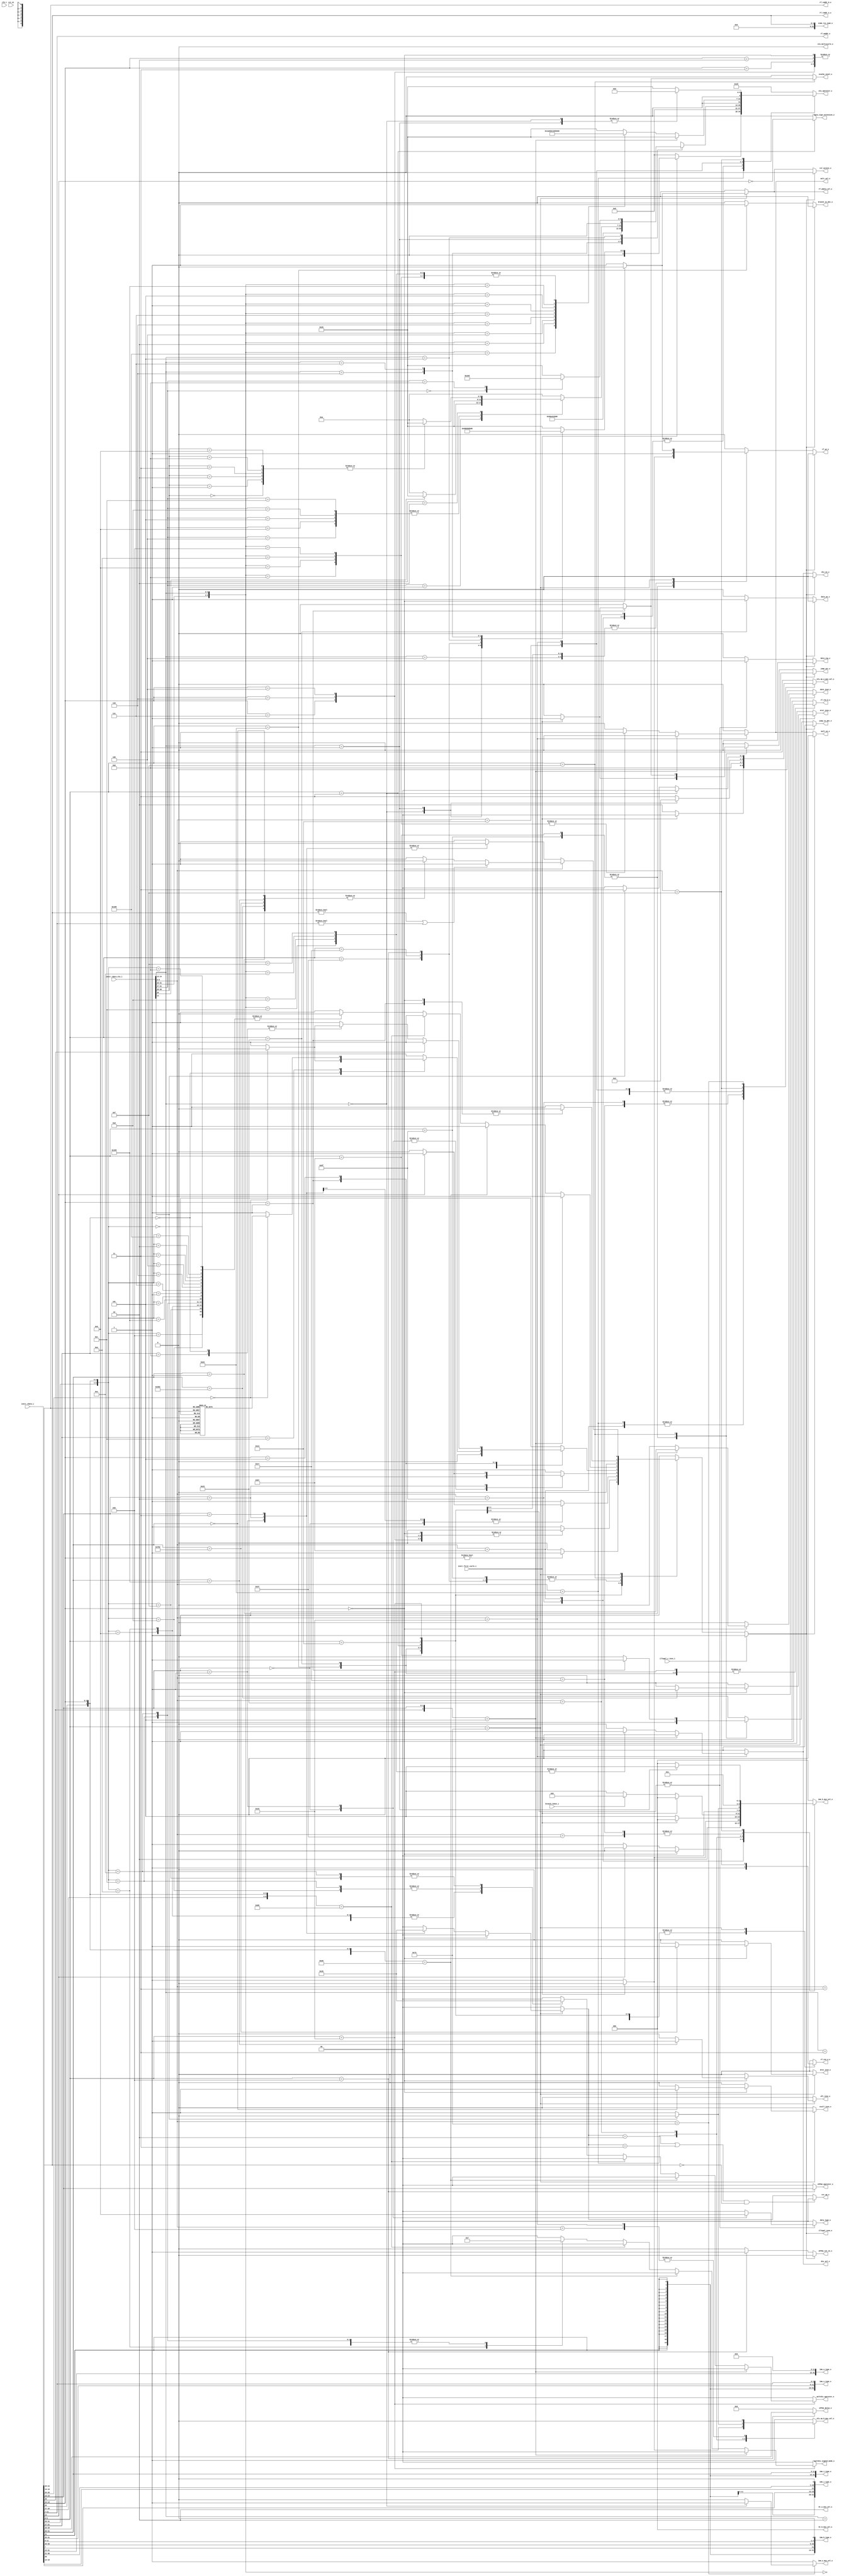
module ibex_decoder (
	clk_i,
	rst_ni,
	illegal_insn_o,
	ebrk_insn_o,
	mret_insn_o,
	dret_insn_o,
	ecall_insn_o,
	wfi_insn_o,
	jump_set_o,
	branch_taken_i,
	icache_inval_o,
	instr_first_cycle_i,
	instr_rdata_i,
	instr_rdata_alu_i,
	illegal_c_insn_i,
	imm_a_mux_sel_o,
	imm_b_mux_sel_o,
	bt_a_mux_sel_o,
	bt_b_mux_sel_o,
	imm_i_type_o,
	imm_s_type_o,
	imm_b_type_o,
	imm_u_type_o,
	imm_j_type_o,
	zimm_rs1_type_o,
	rf_wdata_sel_o,
	rf_we_o,
	rf_raddr_a_o,
	rf_raddr_b_o,
	rf_waddr_o,
	rf_ren_a_o,
	rf_ren_b_o,
	alu_operator_o,
	alu_op_a_mux_sel_o,
	alu_op_b_mux_sel_o,
	alu_multicycle_o,
	eFPGA_operator_o,
	eFPGA_int_en_o,
	eFPGA_delay_o,
	mult_en_o,
	div_en_o,
	mult_sel_o,
	div_sel_o,
	multdiv_operator_o,
	multdiv_signed_mode_o,
	csr_access_o,
	csr_op_o,
	data_req_o,
	data_we_o,
	data_type_o,
	data_sign_extension_o,
	jump_in_dec_o,
	branch_in_dec_o
);
	parameter [0:0] RV32E = 0;
	parameter integer RV32M = 32'sd2;
	parameter integer RV32B = 32'sd0;
	parameter integer RV32Zk = 32'sd0;
	parameter [0:0] BranchTargetALU = 0;
	input wire clk_i;
	input wire rst_ni;
	output wire illegal_insn_o;
	output reg ebrk_insn_o;
	output reg mret_insn_o;
	output reg dret_insn_o;
	output reg ecall_insn_o;
	output reg wfi_insn_o;
	output reg jump_set_o;
	input wire branch_taken_i;
	output reg icache_inval_o;
	input wire instr_first_cycle_i;
	input wire [31:0] instr_rdata_i;
	input wire [31:0] instr_rdata_alu_i;
	input wire illegal_c_insn_i;
	output reg imm_a_mux_sel_o;
	output reg [2:0] imm_b_mux_sel_o;
	output reg [1:0] bt_a_mux_sel_o;
	output reg [2:0] bt_b_mux_sel_o;
	output wire [31:0] imm_i_type_o;
	output wire [31:0] imm_s_type_o;
	output wire [31:0] imm_b_type_o;
	output wire [31:0] imm_u_type_o;
	output wire [31:0] imm_j_type_o;
	output wire [31:0] zimm_rs1_type_o;
	output reg rf_wdata_sel_o;
	output wire rf_we_o;
	output wire [4:0] rf_raddr_a_o;
	output wire [4:0] rf_raddr_b_o;
	output wire [4:0] rf_waddr_o;
	output reg rf_ren_a_o;
	output reg rf_ren_b_o;
	output reg [6:0] alu_operator_o;
	output reg [1:0] alu_op_a_mux_sel_o;
	output reg alu_op_b_mux_sel_o;
	output reg alu_multicycle_o;
	output reg [1:0] eFPGA_operator_o;
	output wire eFPGA_int_en_o;
	output reg [3:0] eFPGA_delay_o;
	output wire mult_en_o;
	output wire div_en_o;
	output reg mult_sel_o;
	output reg div_sel_o;
	output reg [1:0] multdiv_operator_o;
	output reg [1:0] multdiv_signed_mode_o;
	output reg csr_access_o;
	output reg [1:0] csr_op_o;
	output reg data_req_o;
	output reg data_we_o;
	output reg [1:0] data_type_o;
	output reg data_sign_extension_o;
	output reg jump_in_dec_o;
	output reg branch_in_dec_o;
	reg illegal_insn;
	wire illegal_reg_rv32e;
	reg csr_illegal;
	reg rf_we;
	wire [31:0] instr;
	wire [31:0] instr_alu;
	wire [9:0] unused_instr_alu;
	wire [4:0] instr_rs1;
	wire [4:0] instr_rs2;
	wire [4:0] instr_rs3;
	wire [4:0] instr_rd;
	reg use_rs3_d;
	reg use_rs3_q;
	reg [1:0] csr_op;
	reg [6:0] opcode;
	reg [6:0] opcode_alu;
	assign instr = instr_rdata_i;
	assign instr_alu = instr_rdata_alu_i;
	assign imm_i_type_o = {{20 {instr[31]}}, instr[31:20]};
	assign imm_s_type_o = {{20 {instr[31]}}, instr[31:25], instr[11:7]};
	assign imm_b_type_o = {{19 {instr[31]}}, instr[31], instr[7], instr[30:25], instr[11:8], 1'b0};
	assign imm_u_type_o = {instr[31:12], 12'b000000000000};
	assign imm_j_type_o = {{12 {instr[31]}}, instr[19:12], instr[20], instr[30:21], 1'b0};
	assign zimm_rs1_type_o = {27'b000000000000000000000000000, instr_rs1};
	generate
		if (RV32B != 32'sd0) begin : gen_rs3_flop
			always @(posedge clk_i or negedge rst_ni)
				if (!rst_ni)
					use_rs3_q <= 1'b0;
				else
					use_rs3_q <= use_rs3_d;
		end
		else begin : gen_no_rs3_flop
			wire unused_clk;
			wire unused_rst_n;
			assign unused_clk = clk_i;
			assign unused_rst_n = rst_ni;
			wire [1:1] sv2v_tmp_44B6F;
			assign sv2v_tmp_44B6F = use_rs3_d;
			always @(*) use_rs3_q = sv2v_tmp_44B6F;
		end
	endgenerate
	assign instr_rs1 = instr[19:15];
	assign instr_rs2 = instr[24:20];
	assign instr_rs3 = instr[31:27];
	assign rf_raddr_a_o = (use_rs3_q & ~instr_first_cycle_i ? instr_rs3 : instr_rs1);
	assign rf_raddr_b_o = instr_rs2;
	assign instr_rd = instr[11:7];
	assign rf_waddr_o = instr_rd;
	generate
		if (RV32E) begin : gen_rv32e_reg_check_active
			assign illegal_reg_rv32e = ((rf_raddr_a_o[4] & (alu_op_a_mux_sel_o == 2'd0)) | (rf_raddr_b_o[4] & (alu_op_b_mux_sel_o == 1'd0))) | (rf_waddr_o[4] & rf_we);
		end
		else begin : gen_rv32e_reg_check_inactive
			assign illegal_reg_rv32e = 1'b0;
		end
	endgenerate
	always @(*) begin : csr_operand_check
		csr_op_o = csr_op;
		if (((csr_op == 2'd2) || (csr_op == 2'd3)) && (instr_rs1 == {5 {1'sb0}}))
			csr_op_o = 2'd0;
	end
	reg eFPGA_int_en;
	always @(*) begin
		jump_in_dec_o = 1'b0;
		jump_set_o = 1'b0;
		branch_in_dec_o = 1'b0;
		icache_inval_o = 1'b0;
		eFPGA_int_en = 1'b0;
		eFPGA_operator_o = 2'b00;
		eFPGA_delay_o = 4'b0000;
		multdiv_operator_o = 2'd0;
		multdiv_signed_mode_o = 2'b00;
		rf_wdata_sel_o = 1'd0;
		rf_we = 1'b0;
		rf_ren_a_o = 1'b0;
		rf_ren_b_o = 1'b0;
		csr_access_o = 1'b0;
		csr_illegal = 1'b0;
		csr_op = 2'd0;
		data_we_o = 1'b0;
		data_type_o = 2'b00;
		data_sign_extension_o = 1'b0;
		data_req_o = 1'b0;
		illegal_insn = 1'b0;
		ebrk_insn_o = 1'b0;
		mret_insn_o = 1'b0;
		dret_insn_o = 1'b0;
		ecall_insn_o = 1'b0;
		wfi_insn_o = 1'b0;
		opcode = instr[6:0];
		case (opcode)
			7'h6f: begin
				jump_in_dec_o = 1'b1;
				if (instr_first_cycle_i) begin
					rf_we = BranchTargetALU;
					jump_set_o = 1'b1;
				end
				else
					rf_we = 1'b1;
			end
			7'h67: begin
				jump_in_dec_o = 1'b1;
				if (instr_first_cycle_i) begin
					rf_we = BranchTargetALU;
					jump_set_o = 1'b1;
				end
				else
					rf_we = 1'b1;
				if (instr[14:12] != 3'b000)
					illegal_insn = 1'b1;
				rf_ren_a_o = 1'b1;
			end
			7'h63: begin
				branch_in_dec_o = 1'b1;
				case (instr[14:12])
					3'b000, 3'b001, 3'b100, 3'b101, 3'b110, 3'b111: illegal_insn = 1'b0;
					default: illegal_insn = 1'b1;
				endcase
				rf_ren_a_o = 1'b1;
				rf_ren_b_o = 1'b1;
			end
			7'h23: begin
				rf_ren_a_o = 1'b1;
				rf_ren_b_o = 1'b1;
				data_req_o = 1'b1;
				data_we_o = 1'b1;
				if (instr[14])
					illegal_insn = 1'b1;
				case (instr[13:12])
					2'b00: data_type_o = 2'b10;
					2'b01: data_type_o = 2'b01;
					2'b10: data_type_o = 2'b00;
					default: illegal_insn = 1'b1;
				endcase
			end
			7'h03: begin
				rf_ren_a_o = 1'b1;
				data_req_o = 1'b1;
				data_type_o = 2'b00;
				data_sign_extension_o = ~instr[14];
				case (instr[13:12])
					2'b00: data_type_o = 2'b10;
					2'b01: data_type_o = 2'b01;
					2'b10: begin
						data_type_o = 2'b00;
						if (instr[14])
							illegal_insn = 1'b1;
					end
					default: illegal_insn = 1'b1;
				endcase
			end
			7'h37: rf_we = 1'b1;
			7'h17: rf_we = 1'b1;
			7'h13: begin
				rf_ren_a_o = 1'b1;
				rf_we = 1'b1;
				case (instr[14:12])
					3'b000, 3'b010, 3'b011, 3'b100, 3'b110, 3'b111: illegal_insn = 1'b0;
					3'b001:
						case (instr[31:27])
							5'b00000: illegal_insn = (instr[26:25] == 2'b00 ? 1'b0 : 1'b1);
							5'b00100, 5'b01001, 5'b00101, 5'b01101: illegal_insn = (RV32B != 32'sd0 ? 1'b0 : 1'b1);
							5'b00001:
								if (instr[26] == 1'b0) begin
									if (RV32B == 32'sd2)
										illegal_insn = 1'b0;
									else if (RV32Zk != 32'sd0)
										illegal_insn = (instr[25:20] == 6'b001111 ? 1'b0 : 1'b1);
									else
										illegal_insn = 1'b1;
								end
								else
									illegal_insn = 1'b1;
							5'b01100:
								case (instr[26:20])
									7'b0000000, 7'b0000001, 7'b0000010, 7'b0000100, 7'b0000101: illegal_insn = (RV32B != 32'sd0 ? 1'b0 : 1'b1);
									7'b0010000, 7'b0010001, 7'b0010010, 7'b0011000, 7'b0011001, 7'b0011010: illegal_insn = (RV32B == 32'sd2 ? 1'b0 : 1'b1);
									default: illegal_insn = 1'b1;
								endcase
							5'b00010:
								case (instr[26:20])
									7'b0000000, 7'b0000001, 7'b0000010, 7'b0000011: illegal_insn = (RV32Zk == 32'sd2 ? 1'b0 : 1'b1);
									7'b0001000, 7'b0001001: illegal_insn = (RV32Zk == 32'sd3 ? 1'b0 : 1'b1);
									default: illegal_insn = 1'b1;
								endcase
							default: illegal_insn = 1'b1;
						endcase
					3'b101:
						if (instr[26])
							illegal_insn = (RV32B != 32'sd0 ? 1'b0 : 1'b1);
						else
							case (instr[31:27])
								5'b00000, 5'b01000: illegal_insn = (instr[26:25] == 2'b00 ? 1'b0 : 1'b1);
								5'b00100, 5'b01001: illegal_insn = (RV32B != 32'sd0 ? 1'b0 : 1'b1);
								5'b01100: illegal_insn = ((RV32B != 32'sd0) || (RV32Zk != 32'sd0) ? 1'b0 : 1'b1);
								5'b01101:
									if (RV32B == 32'sd2)
										illegal_insn = 1'b0;
									else
										case (instr[24:20])
											5'b11111: illegal_insn = (RV32B == 32'sd1 ? 1'b0 : 1'b1);
											5'b11000: illegal_insn = ((RV32B == 32'sd1) || (RV32Zk != 32'sd0) ? 1'b0 : 1'b1);
											5'b00111: illegal_insn = (RV32Zk != 32'sd0 ? 1'b0 : 1'b1);
											default: illegal_insn = 1'b1;
										endcase
								5'b00101:
									if (RV32B == 32'sd2)
										illegal_insn = 1'b0;
									else if (instr[24:20] == 5'b00111)
										illegal_insn = (RV32B == 32'sd1 ? 1'b0 : 1'b1);
									else
										illegal_insn = 1'b1;
								5'b00001:
									if (instr[26] == 1'b0) begin
										if (RV32B == 32'sd2)
											illegal_insn = 1'b0;
										else if (RV32Zk != 32'sd0)
											illegal_insn = (instr[25:20] == 6'b001111 ? 1'b0 : 1'b1);
										else
											illegal_insn = 1'b1;
									end
									else
										illegal_insn = 1'b1;
								default: illegal_insn = 1'b1;
							endcase
					default: illegal_insn = 1'b1;
				endcase
			end
			7'h33: begin
				rf_ren_a_o = 1'b1;
				rf_ren_b_o = 1'b1;
				rf_we = 1'b1;
				if ({instr[26], instr[13:12]} == 3'b101)
					illegal_insn = (RV32B != 32'sd0 ? 1'b0 : 1'b1);
				else if ({instr[29:28], instr[25], instr[14:12]} == 6'b101000)
					illegal_insn = (RV32Zk == 32'sd2 ? 1'b0 : 1'b1);
				else if ({instr[29:27], instr[25], instr[14:12]} == 7'b1100000)
					illegal_insn = (RV32Zk == 32'sd3 ? 1'b0 : 1'b1);
				else
					case ({instr[31:25], instr[14:12]})
						10'b0000000000, 10'b0100000000, 10'b0000000010, 10'b0000000011, 10'b0000000100, 10'b0000000110, 10'b0000000111, 10'b0000000001, 10'b0000000101, 10'b0100000101: illegal_insn = 1'b0;
						10'b0010000010, 10'b0010000100, 10'b0010000110: illegal_insn = (RV32B != 32'sd0 ? 1'b0 : 1'b1);
						10'b0100000111, 10'b0100000110, 10'b0100000100, 10'b0110000001, 10'b0110000101, 10'b0000100100, 10'b0000100111: illegal_insn = ((RV32B != 32'sd0) || (RV32Zk != 32'sd0) ? 1'b0 : 1'b1);
						10'b0100100100, 10'b0010000001, 10'b0010000101, 10'b0000101100, 10'b0000101101, 10'b0000101110, 10'b0000101111, 10'b0100100001, 10'b0010100001, 10'b0110100001, 10'b0100100101, 10'b0100100111: illegal_insn = (RV32B != 32'sd0 ? 1'b0 : 1'b1);
						10'b0100100110, 10'b0000100110, 10'b0110100101, 10'b0010100101, 10'b0000100001, 10'b0000100101: illegal_insn = (RV32B == 32'sd2 ? 1'b0 : 1'b1);
						10'b0000101001, 10'b0000101011: illegal_insn = ((RV32B == 32'sd2) || (RV32Zk != 32'sd0) ? 1'b0 : 1'b1);
						10'b0000101010: illegal_insn = (RV32B == 32'sd2 ? 1'b0 : 1'b1);
						10'b0010100100, 10'b0010100010: illegal_insn = (RV32Zk != 32'sd0 ? 1'b0 : 1'b1);
						10'b0101000000, 10'b0101001000, 10'b0101010000, 10'b0101011000, 10'b0101110000, 10'b0101111000: illegal_insn = (RV32Zk == 32'sd2 ? 1'b0 : 1'b1);
						10'b0000001000: begin
							multdiv_operator_o = 2'd0;
							multdiv_signed_mode_o = 2'b00;
							illegal_insn = (RV32M == 32'sd0 ? 1'b1 : 1'b0);
						end
						10'b0000001001: begin
							multdiv_operator_o = 2'd1;
							multdiv_signed_mode_o = 2'b11;
							illegal_insn = (RV32M == 32'sd0 ? 1'b1 : 1'b0);
						end
						10'b0000001010: begin
							multdiv_operator_o = 2'd1;
							multdiv_signed_mode_o = 2'b01;
							illegal_insn = (RV32M == 32'sd0 ? 1'b1 : 1'b0);
						end
						10'b0000001011: begin
							multdiv_operator_o = 2'd1;
							multdiv_signed_mode_o = 2'b00;
							illegal_insn = (RV32M == 32'sd0 ? 1'b1 : 1'b0);
						end
						10'b0000001100: begin
							multdiv_operator_o = 2'd2;
							multdiv_signed_mode_o = 2'b11;
							illegal_insn = (RV32M == 32'sd0 ? 1'b1 : 1'b0);
						end
						10'b0000001101: begin
							multdiv_operator_o = 2'd2;
							multdiv_signed_mode_o = 2'b00;
							illegal_insn = (RV32M == 32'sd0 ? 1'b1 : 1'b0);
						end
						10'b0000001110: begin
							multdiv_operator_o = 2'd3;
							multdiv_signed_mode_o = 2'b11;
							illegal_insn = (RV32M == 32'sd0 ? 1'b1 : 1'b0);
						end
						10'b0000001111: begin
							multdiv_operator_o = 2'd3;
							multdiv_signed_mode_o = 2'b00;
							illegal_insn = (RV32M == 32'sd0 ? 1'b1 : 1'b0);
						end
						default: illegal_insn = 1'b1;
					endcase
			end
			7'h0b: begin
				rf_ren_a_o = 1'b1;
				rf_ren_b_o = 1'b1;
				rf_we = 1'b1;
				eFPGA_operator_o = instr_rdata_i[13:12];
				eFPGA_delay_o = instr_rdata_i[28:25];
				eFPGA_int_en = 1'b1;
				illegal_insn = 1'b0;
			end
			7'h0f:
				case (instr[14:12])
					3'b000: rf_we = 1'b0;
					3'b001: begin
						jump_in_dec_o = 1'b1;
						rf_we = 1'b0;
						if (instr_first_cycle_i) begin
							jump_set_o = 1'b1;
							icache_inval_o = 1'b1;
						end
					end
					default: illegal_insn = 1'b1;
				endcase
			7'h73:
				if (instr[14:12] == 3'b000) begin
					case (instr[31:20])
						12'h000: ecall_insn_o = 1'b1;
						12'h001: ebrk_insn_o = 1'b1;
						12'h302: mret_insn_o = 1'b1;
						12'h7b2: dret_insn_o = 1'b1;
						12'h105: wfi_insn_o = 1'b1;
						default: illegal_insn = 1'b1;
					endcase
					if ((instr_rs1 != 5'b00000) || (instr_rd != 5'b00000))
						illegal_insn = 1'b1;
				end
				else begin
					csr_access_o = 1'b1;
					rf_wdata_sel_o = 1'd1;
					rf_we = 1'b1;
					if (~instr[14])
						rf_ren_a_o = 1'b1;
					case (instr[13:12])
						2'b01: csr_op = 2'd1;
						2'b10: csr_op = 2'd2;
						2'b11: csr_op = 2'd3;
						default: csr_illegal = 1'b1;
					endcase
					illegal_insn = csr_illegal;
				end
			default: illegal_insn = 1'b1;
		endcase
		if (illegal_c_insn_i)
			illegal_insn = 1'b1;
		if (illegal_insn) begin
			rf_we = 1'b0;
			data_req_o = 1'b0;
			data_we_o = 1'b0;
			jump_in_dec_o = 1'b0;
			jump_set_o = 1'b0;
			branch_in_dec_o = 1'b0;
			csr_access_o = 1'b0;
		end
	end
	always @(*) begin
		alu_operator_o = 7'd41;
		alu_op_a_mux_sel_o = 2'd3;
		alu_op_b_mux_sel_o = 1'd1;
		imm_a_mux_sel_o = 1'd1;
		imm_b_mux_sel_o = 3'd0;
		bt_a_mux_sel_o = 2'd2;
		bt_b_mux_sel_o = 3'd0;
		opcode_alu = instr_alu[6:0];
		use_rs3_d = 1'b0;
		alu_multicycle_o = 1'b0;
		mult_sel_o = 1'b0;
		div_sel_o = 1'b0;
		case (opcode_alu)
			7'h6f: begin
				if (BranchTargetALU) begin
					bt_a_mux_sel_o = 2'd2;
					bt_b_mux_sel_o = 3'd4;
				end
				if (instr_first_cycle_i && !BranchTargetALU) begin
					alu_op_a_mux_sel_o = 2'd2;
					alu_op_b_mux_sel_o = 1'd1;
					imm_b_mux_sel_o = 3'd4;
					alu_operator_o = 7'd0;
				end
				else begin
					alu_op_a_mux_sel_o = 2'd2;
					alu_op_b_mux_sel_o = 1'd1;
					imm_b_mux_sel_o = 3'd5;
					alu_operator_o = 7'd0;
				end
			end
			7'h67: begin
				if (BranchTargetALU) begin
					bt_a_mux_sel_o = 2'd0;
					bt_b_mux_sel_o = 3'd0;
				end
				if (instr_first_cycle_i && !BranchTargetALU) begin
					alu_op_a_mux_sel_o = 2'd0;
					alu_op_b_mux_sel_o = 1'd1;
					imm_b_mux_sel_o = 3'd0;
					alu_operator_o = 7'd0;
				end
				else begin
					alu_op_a_mux_sel_o = 2'd2;
					alu_op_b_mux_sel_o = 1'd1;
					imm_b_mux_sel_o = 3'd5;
					alu_operator_o = 7'd0;
				end
			end
			7'h63: begin
				case (instr_alu[14:12])
					3'b000: alu_operator_o = 7'd26;
					3'b001: alu_operator_o = 7'd27;
					3'b100: alu_operator_o = 7'd22;
					3'b101: alu_operator_o = 7'd24;
					3'b110: alu_operator_o = 7'd23;
					3'b111: alu_operator_o = 7'd25;
					default:
						;
				endcase
				if (BranchTargetALU) begin
					bt_a_mux_sel_o = 2'd2;
					bt_b_mux_sel_o = (branch_taken_i ? 3'd2 : 3'd5);
				end
				if (instr_first_cycle_i) begin
					alu_op_a_mux_sel_o = 2'd0;
					alu_op_b_mux_sel_o = 1'd0;
				end
				else if (!BranchTargetALU) begin
					alu_op_a_mux_sel_o = 2'd2;
					alu_op_b_mux_sel_o = 1'd1;
					imm_b_mux_sel_o = (branch_taken_i ? 3'd2 : 3'd5);
					alu_operator_o = 7'd0;
				end
			end
			7'h23: begin
				alu_op_a_mux_sel_o = 2'd0;
				alu_op_b_mux_sel_o = 1'd0;
				alu_operator_o = 7'd0;
				if (!instr_alu[14]) begin
					imm_b_mux_sel_o = 3'd1;
					alu_op_b_mux_sel_o = 1'd1;
				end
			end
			7'h03: begin
				alu_op_a_mux_sel_o = 2'd0;
				alu_operator_o = 7'd0;
				alu_op_b_mux_sel_o = 1'd1;
				imm_b_mux_sel_o = 3'd0;
			end
			7'h37: begin
				alu_op_a_mux_sel_o = 2'd3;
				alu_op_b_mux_sel_o = 1'd1;
				imm_a_mux_sel_o = 1'd1;
				imm_b_mux_sel_o = 3'd3;
				alu_operator_o = 7'd0;
			end
			7'h17: begin
				alu_op_a_mux_sel_o = 2'd2;
				alu_op_b_mux_sel_o = 1'd1;
				imm_b_mux_sel_o = 3'd3;
				alu_operator_o = 7'd0;
			end
			7'h13: begin
				alu_op_a_mux_sel_o = 2'd0;
				alu_op_b_mux_sel_o = 1'd1;
				imm_b_mux_sel_o = 3'd0;
				case (instr_alu[14:12])
					3'b000: alu_operator_o = 7'd0;
					3'b010: alu_operator_o = 7'd40;
					3'b011: alu_operator_o = 7'd41;
					3'b100: alu_operator_o = 7'd2;
					3'b110: alu_operator_o = 7'd3;
					3'b111: alu_operator_o = 7'd4;
					3'b001:
						case (instr_alu[31:27])
							5'b00000: alu_operator_o = 7'd10;
							5'b00100:
								if (RV32B != 32'sd0)
									alu_operator_o = 7'd12;
							5'b01001:
								if (RV32B != 32'sd0)
									alu_operator_o = 7'd47;
							5'b00101:
								if (RV32B != 32'sd0)
									alu_operator_o = 7'd46;
							5'b01101:
								if (RV32B != 32'sd0)
									alu_operator_o = 7'd48;
							5'b00001:
								if (instr_alu[26] == 0)
									if (RV32B == 32'sd2)
										alu_operator_o = 7'd17;
									else if (RV32Zk != 32'sd0)
										alu_operator_o = (instr[25:20] == 6'b001111 ? 7'd65 : 7'd10);
									else
										alu_operator_o = 7'd10;
							5'b01100:
								case (instr_alu[26:20])
									7'b0000000:
										if (RV32B != 32'sd0)
											alu_operator_o = 7'd37;
									7'b0000001:
										if (RV32B != 32'sd0)
											alu_operator_o = 7'd38;
									7'b0000010:
										if (RV32B != 32'sd0)
											alu_operator_o = 7'd39;
									7'b0000100:
										if (RV32B != 32'sd0)
											alu_operator_o = 7'd35;
									7'b0000101:
										if (RV32B != 32'sd0)
											alu_operator_o = 7'd36;
									7'b0010000:
										if (RV32B == 32'sd2) begin
											alu_operator_o = 7'd56;
											alu_multicycle_o = 1'b1;
										end
									7'b0010001:
										if (RV32B == 32'sd2) begin
											alu_operator_o = 7'd58;
											alu_multicycle_o = 1'b1;
										end
									7'b0010010:
										if (RV32B == 32'sd2) begin
											alu_operator_o = 7'd60;
											alu_multicycle_o = 1'b1;
										end
									7'b0011000:
										if (RV32B == 32'sd2) begin
											alu_operator_o = 7'd57;
											alu_multicycle_o = 1'b1;
										end
									7'b0011001:
										if (RV32B == 32'sd2) begin
											alu_operator_o = 7'd59;
											alu_multicycle_o = 1'b1;
										end
									7'b0011010:
										if (RV32B == 32'sd2) begin
											alu_operator_o = 7'd61;
											alu_multicycle_o = 1'b1;
										end
									default:
										;
								endcase
							5'b00010:
								case (instr_alu[26:20])
									7'b0000000:
										if (RV32Zk == 32'sd2)
											alu_operator_o = 7'd78;
									7'b0000001:
										if (RV32Zk == 32'sd2)
											alu_operator_o = 7'd79;
									7'b0000010:
										if (RV32Zk == 32'sd2)
											alu_operator_o = 7'd80;
									7'b0000011:
										if (RV32Zk == 32'sd2)
											alu_operator_o = 7'd81;
									7'b0001000:
										if (RV32Zk == 32'sd3)
											alu_operator_o = 7'd112;
									7'b0001001:
										if (RV32Zk == 32'sd3)
											alu_operator_o = 7'd113;
									default: alu_operator_o = 7'd10;
								endcase
							default: alu_operator_o = 7'd10;
						endcase
					3'b101:
						if (RV32B != 32'sd0) begin
							if (instr_alu[26] == 1'b1) begin
								alu_operator_o = 7'd45;
								alu_multicycle_o = 1'b1;
								if (instr_first_cycle_i)
									use_rs3_d = 1'b1;
								else
									use_rs3_d = 1'b0;
							end
							else
								case (instr_alu[31:27])
									5'b00000: alu_operator_o = 7'd9;
									5'b01000: alu_operator_o = 7'd8;
									5'b00100: alu_operator_o = 7'd11;
									5'b01001: alu_operator_o = 7'd49;
									5'b01100: begin
										alu_operator_o = 7'd13;
										alu_multicycle_o = 1'b1;
									end
									5'b01101: alu_operator_o = 7'd15;
									5'b00101: alu_operator_o = 7'd16;
									5'b00001:
										if (RV32B == 32'sd2)
											if (instr_alu[26] == 1'b0)
												alu_operator_o = 7'd18;
									default:
										;
								endcase
						end
						else
							case (instr_alu[31:27])
								5'b00000: alu_operator_o = 7'd9;
								5'b01000: alu_operator_o = 7'd8;
								5'b01100:
									if (RV32Zk != 32'sd0)
										if (instr_alu[26] == 1'b0)
											alu_operator_o = 7'd62;
								5'b01101:
									if (RV32Zk != 32'sd0) begin
										if (instr_alu[26:20] == 7'b0000111)
											alu_operator_o = 7'd63;
										if (instr_alu[26:20] == 7'b0011000)
											alu_operator_o = 7'd64;
									end
								5'b00001:
									if (RV32Zk != 32'sd0)
										if (instr_alu[26:20] == 7'b0001111)
											alu_operator_o = 7'd66;
								default:
									;
							endcase
					default:
						;
				endcase
			end
			7'h33: begin
				alu_op_a_mux_sel_o = 2'd0;
				alu_op_b_mux_sel_o = 1'd0;
				if ({instr[26], instr[13:12]} == 3'b101) begin
					if (RV32B != 32'sd0)
						case ({instr_alu[26:25], instr_alu[14:12]})
							5'b11001: begin
								alu_operator_o = 7'd43;
								alu_multicycle_o = 1'b1;
								if (instr_first_cycle_i)
									use_rs3_d = 1'b1;
								else
									use_rs3_d = 1'b0;
							end
							5'b11101: begin
								alu_operator_o = 7'd42;
								alu_multicycle_o = 1'b1;
								if (instr_first_cycle_i)
									use_rs3_d = 1'b1;
								else
									use_rs3_d = 1'b0;
							end
							5'b10001: begin
								alu_operator_o = 7'd44;
								alu_multicycle_o = 1'b1;
								if (instr_first_cycle_i)
									use_rs3_d = 1'b1;
								else
									use_rs3_d = 1'b0;
							end
							5'b10101: begin
								alu_operator_o = 7'd45;
								alu_multicycle_o = 1'b1;
								if (instr_first_cycle_i)
									use_rs3_d = 1'b1;
								else
									use_rs3_d = 1'b0;
							end
							default:
								;
						endcase
				end
				else
					case ({instr_alu[31:25], instr_alu[14:12]})
						10'b0000000000: alu_operator_o = 7'd0;
						10'b0100000000: alu_operator_o = 7'd1;
						10'b0000000010: alu_operator_o = 7'd40;
						10'b0000000011: alu_operator_o = 7'd41;
						10'b0000000100: alu_operator_o = 7'd2;
						10'b0000000110: alu_operator_o = 7'd3;
						10'b0000000111: alu_operator_o = 7'd4;
						10'b0000000001: alu_operator_o = 7'd10;
						10'b0000000101: alu_operator_o = 7'd9;
						10'b0100000101: alu_operator_o = 7'd8;
						10'b0010000001:
							if (RV32B != 32'sd0)
								alu_operator_o = 7'd12;
						10'b0010000101:
							if (RV32B != 32'sd0)
								alu_operator_o = 7'd11;
						10'b0110000001:
							if (RV32B != 32'sd0) begin
								alu_operator_o = 7'd14;
								alu_multicycle_o = 1'b1;
							end
							else if (RV32Zk != 32'sd0)
								alu_operator_o = 7'd68;
						10'b0110000101:
							if (RV32B != 32'sd0) begin
								alu_operator_o = 7'd13;
								alu_multicycle_o = 1'b1;
							end
							else if (RV32Zk != 32'sd0)
								alu_operator_o = 7'd67;
						10'b0000101100:
							if (RV32B != 32'sd0)
								alu_operator_o = 7'd28;
						10'b0000101101:
							if (RV32B != 32'sd0)
								alu_operator_o = 7'd30;
						10'b0000101110:
							if (RV32B != 32'sd0)
								alu_operator_o = 7'd29;
						10'b0000101111:
							if (RV32B != 32'sd0)
								alu_operator_o = 7'd31;
						10'b0000100100:
							if (RV32B != 32'sd0)
								alu_operator_o = 7'd32;
							else if (RV32Zk != 32'sd0)
								alu_operator_o = 7'd72;
						10'b0100100100:
							if (RV32B != 32'sd0)
								alu_operator_o = 7'd33;
						10'b0000100111:
							if (RV32B != 32'sd0)
								alu_operator_o = 7'd34;
							else if (RV32Zk != 32'sd0)
								alu_operator_o = 7'd73;
						10'b0100000100:
							if (RV32B != 32'sd0)
								alu_operator_o = 7'd5;
							else if (RV32Zk != 32'sd0)
								alu_operator_o = 7'd71;
						10'b0100000110:
							if (RV32B != 32'sd0)
								alu_operator_o = 7'd6;
							else if (RV32Zk != 32'sd0)
								alu_operator_o = 7'd70;
						10'b0100000111:
							if (RV32B != 32'sd0)
								alu_operator_o = 7'd7;
							else if (RV32Zk != 32'sd0)
								alu_operator_o = 7'd69;
						10'b0010000010:
							if (RV32B != 32'sd0)
								alu_operator_o = 7'd19;
						10'b0010000100:
							if (RV32B != 32'sd0)
								alu_operator_o = 7'd20;
						10'b0010000110:
							if (RV32B != 32'sd0)
								alu_operator_o = 7'd21;
						10'b0100100001:
							if (RV32B != 32'sd0)
								alu_operator_o = 7'd47;
						10'b0010100001:
							if (RV32B != 32'sd0)
								alu_operator_o = 7'd46;
						10'b0110100001:
							if (RV32B != 32'sd0)
								alu_operator_o = 7'd48;
						10'b0100100101:
							if (RV32B != 32'sd0)
								alu_operator_o = 7'd49;
						10'b0100100111:
							if (RV32B != 32'sd0)
								alu_operator_o = 7'd52;
						10'b0110100101:
							if (RV32B != 32'sd0)
								alu_operator_o = 7'd15;
						10'b0010100101:
							if (RV32B != 32'sd0)
								alu_operator_o = 7'd16;
						10'b0000100001:
							if (RV32B == 32'sd2)
								alu_operator_o = 7'd17;
						10'b0000100101:
							if (RV32B == 32'sd2)
								alu_operator_o = 7'd18;
						10'b0000101001:
							if (RV32B == 32'sd2)
								alu_operator_o = 7'd53;
							else if (RV32Zk != 32'sd0)
								alu_operator_o = 7'd74;
						10'b0000101010:
							if (RV32B == 32'sd2)
								alu_operator_o = 7'd54;
						10'b0000101011:
							if (RV32B == 32'sd2)
								alu_operator_o = 7'd55;
							else if (RV32Zk != 32'sd0)
								alu_operator_o = 7'd75;
						10'b0100100110:
							if (RV32B == 32'sd2) begin
								alu_operator_o = 7'd51;
								alu_multicycle_o = 1'b1;
							end
						10'b0000100110:
							if (RV32B == 32'sd2) begin
								alu_operator_o = 7'd50;
								alu_multicycle_o = 1'b1;
							end
						10'b0010100100:
							if (RV32Zk != 32'sd0)
								alu_operator_o = 7'd76;
						10'b0010100010:
							if (RV32Zk != 32'sd0)
								alu_operator_o = 7'd77;
						10'b0101000000:
							if (RV32Zk == 32'sd2)
								alu_operator_o = 7'd82;
						10'b0101001000:
							if (RV32Zk == 32'sd2)
								alu_operator_o = 7'd83;
						10'b0101010000:
							if (RV32Zk == 32'sd2)
								alu_operator_o = 7'd84;
						10'b0101011000:
							if (RV32Zk == 32'sd2)
								alu_operator_o = 7'd85;
						10'b0101110000:
							if (RV32Zk == 32'sd2)
								alu_operator_o = 7'd86;
						10'b0101111000:
							if (RV32Zk == 32'sd2)
								alu_operator_o = 7'd87;
						10'b0010001000:
							if (RV32Zk == 32'sd2)
								alu_operator_o = 7'd96;
						10'b0110001000:
							if (RV32Zk == 32'sd2)
								alu_operator_o = 7'd97;
						10'b1010001000:
							if (RV32Zk == 32'sd2)
								alu_operator_o = 7'd98;
						10'b1110001000:
							if (RV32Zk == 32'sd2)
								alu_operator_o = 7'd99;
						10'b0010011000:
							if (RV32Zk == 32'sd2)
								alu_operator_o = 7'd100;
						10'b0110011000:
							if (RV32Zk == 32'sd2)
								alu_operator_o = 7'd101;
						10'b1010011000:
							if (RV32Zk == 32'sd2)
								alu_operator_o = 7'd102;
						10'b1110011000:
							if (RV32Zk == 32'sd2)
								alu_operator_o = 7'd103;
						10'b0010101000:
							if (RV32Zk == 32'sd2)
								alu_operator_o = 7'd88;
						10'b0110101000:
							if (RV32Zk == 32'sd2)
								alu_operator_o = 7'd89;
						10'b1010101000:
							if (RV32Zk == 32'sd2)
								alu_operator_o = 7'd90;
						10'b1110101000:
							if (RV32Zk == 32'sd2)
								alu_operator_o = 7'd91;
						10'b0010111000:
							if (RV32Zk == 32'sd2)
								alu_operator_o = 7'd92;
						10'b0110111000:
							if (RV32Zk == 32'sd2)
								alu_operator_o = 7'd93;
						10'b1010111000:
							if (RV32Zk == 32'sd2)
								alu_operator_o = 7'd94;
						10'b1110111000:
							if (RV32Zk == 32'sd2)
								alu_operator_o = 7'd95;
						10'b0011000000:
							if (RV32Zk == 32'sd3)
								alu_operator_o = 7'd104;
						10'b0111000000:
							if (RV32Zk == 32'sd3)
								alu_operator_o = 7'd105;
						10'b1011000000:
							if (RV32Zk == 32'sd3)
								alu_operator_o = 7'd106;
						10'b1111000000:
							if (RV32Zk == 32'sd3)
								alu_operator_o = 7'd107;
						10'b0011010000:
							if (RV32Zk == 32'sd3)
								alu_operator_o = 7'd108;
						10'b0111010000:
							if (RV32Zk == 32'sd3)
								alu_operator_o = 7'd109;
						10'b1011010000:
							if (RV32Zk == 32'sd3)
								alu_operator_o = 7'd110;
						10'b1111010000:
							if (RV32Zk == 32'sd3)
								alu_operator_o = 7'd111;
						10'b0000001000: begin
							alu_operator_o = 7'd0;
							mult_sel_o = (RV32M == 32'sd0 ? 1'b0 : 1'b1);
						end
						10'b0000001001: begin
							alu_operator_o = 7'd0;
							mult_sel_o = (RV32M == 32'sd0 ? 1'b0 : 1'b1);
						end
						10'b0000001010: begin
							alu_operator_o = 7'd0;
							mult_sel_o = (RV32M == 32'sd0 ? 1'b0 : 1'b1);
						end
						10'b0000001011: begin
							alu_operator_o = 7'd0;
							mult_sel_o = (RV32M == 32'sd0 ? 1'b0 : 1'b1);
						end
						10'b0000001100: begin
							alu_operator_o = 7'd0;
							div_sel_o = (RV32M == 32'sd0 ? 1'b0 : 1'b1);
						end
						10'b0000001101: begin
							alu_operator_o = 7'd0;
							div_sel_o = (RV32M == 32'sd0 ? 1'b0 : 1'b1);
						end
						10'b0000001110: begin
							alu_operator_o = 7'd0;
							div_sel_o = (RV32M == 32'sd0 ? 1'b0 : 1'b1);
						end
						10'b0000001111: begin
							alu_operator_o = 7'd0;
							div_sel_o = (RV32M == 32'sd0 ? 1'b0 : 1'b1);
						end
						default:
							;
					endcase
			end
			7'h0b: begin
				alu_op_a_mux_sel_o = 2'd0;
				alu_op_b_mux_sel_o = 1'd0;
			end
			7'h0f:
				case (instr_alu[14:12])
					3'b000: begin
						alu_operator_o = 7'd0;
						alu_op_a_mux_sel_o = 2'd0;
						alu_op_b_mux_sel_o = 1'd1;
					end
					3'b001:
						if (BranchTargetALU) begin
							bt_a_mux_sel_o = 2'd2;
							bt_b_mux_sel_o = 3'd5;
						end
						else begin
							alu_op_a_mux_sel_o = 2'd2;
							alu_op_b_mux_sel_o = 1'd1;
							imm_b_mux_sel_o = 3'd5;
							alu_operator_o = 7'd0;
						end
					default:
						;
				endcase
			7'h73:
				if (instr_alu[14:12] == 3'b000) begin
					alu_op_a_mux_sel_o = 2'd0;
					alu_op_b_mux_sel_o = 1'd1;
				end
				else begin
					alu_op_b_mux_sel_o = 1'd1;
					imm_a_mux_sel_o = 1'd0;
					imm_b_mux_sel_o = 3'd0;
					if (instr_alu[14])
						alu_op_a_mux_sel_o = 2'd3;
					else
						alu_op_a_mux_sel_o = 2'd0;
				end
			default:
				;
		endcase
	end
	assign eFPGA_int_en_o = (illegal_insn ? 1'b0 : eFPGA_int_en);
	assign mult_en_o = (illegal_insn ? 1'b0 : mult_sel_o);
	assign div_en_o = (illegal_insn ? 1'b0 : div_sel_o);
	assign illegal_insn_o = illegal_insn | illegal_reg_rv32e;
	assign rf_we_o = rf_we & ~illegal_reg_rv32e;
	assign unused_instr_alu = {instr_alu[19:15], instr_alu[11:7]};
endmodule